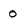
Character: 0